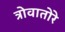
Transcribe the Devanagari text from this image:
त्रोवातोरे